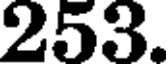
253.